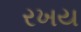
રખય